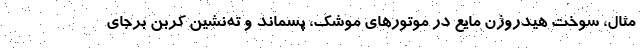
مثال، سوخت هیدروژن مایع در موتورهای موشک، پسماند و ته‌نشین کربن برجای